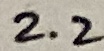
Text: 2.2